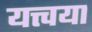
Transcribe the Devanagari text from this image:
यत्त्वया